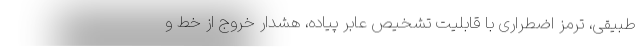
طبیقی، ترمز اضطراری با قابلیت تشخیص عابر پیاده، هشدار خروج از خط و